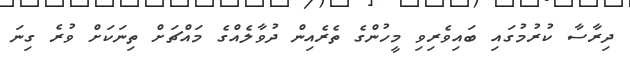
ދިރާސާ ކުރުމުގައި ބައިވެރިވި މީހުންގެ ތެރެއިން ދުވާލެއްގެ މައްޗަށް ތިނަކަށް ވުރެ ގިނަ